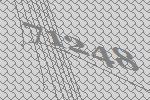
71248